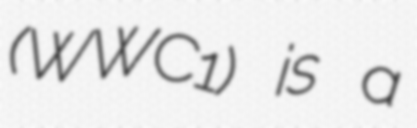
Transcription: (WWC1) is a